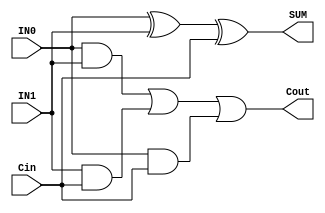
module FA (IN0,IN1,Cin,SUM,Cout);
input IN0,IN1,Cin;
output SUM,Cout;
assign SUM = IN0^IN1^Cin;
assign Cout = IN0&IN1 | IN1&Cin | IN0&Cin;
endmodule